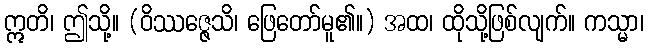
ဣတိ၊ ဤသို့။ (ဝိဿဇ္ဇေသိ၊ ဖြေတော်မူ၏။) အထ၊ ထိုသို့ဖြစ်လျက်။ ကသ္မာ၊